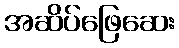
အဆိပ်ဖြေဆေး